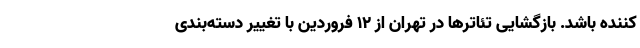
کننده باشد. بازگشایی تئاترها در تهران از 12 فروردین با تغییر دسته‌بندی